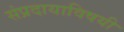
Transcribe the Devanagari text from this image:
संप्रदायाविषयी